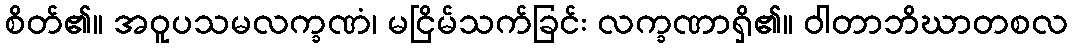
စိတ်၏။ အဝူပသမလက္ခဏံ၊ မငြိမ်သက်ခြင်း လက္ခဏာရှိ၏။ ဝါတာဘိဃာတစလ